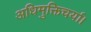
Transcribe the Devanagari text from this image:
अधिमुक्तिचर्या।